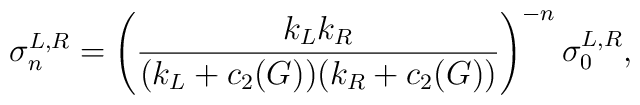
\sigma_n^{L,R}=\left({k_Lk_R\over (k_L+c_2(G))(k_R+c_2(G))}\right)^{-n}\sigma^{L,R}_0,